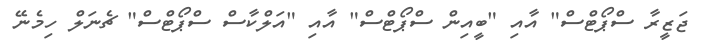
ޖަޒީރާ ސްޕޯޓްސް" އާއި "ބީއިން ސްޕޯޓްސް" އާއި "އަލްކާސް ސްޕޯޓްސް" ޗެނަލް ހިމެނޭ